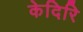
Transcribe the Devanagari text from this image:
केदिरि